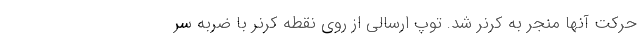
حرکت آنها منجر به کرنر شد. توپ ارسالی از روی نقطه کرنر با ضربه سر